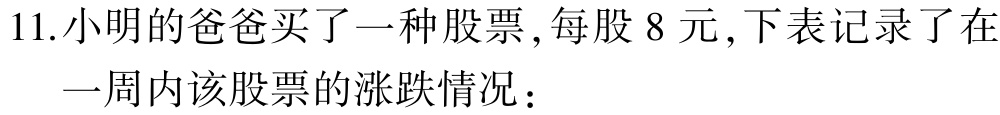
11.小明的爸爸买了一种股票 ,每股 8 元 ,下表记录了在

一周内该股票的涨跌情况：